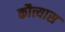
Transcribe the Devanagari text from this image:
कौत्त्यास